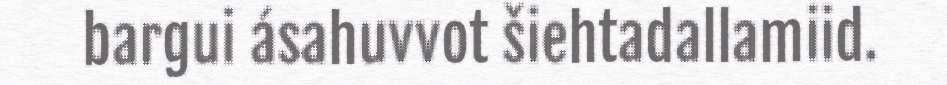
bargui ásahuvvot šiehtadallamiid.